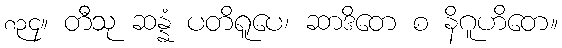
၈၃၄။ တီသု ဆန္နံ ပတိရူပေ၊ ဆာဒိတေ စ နိဂူဟိတေ။